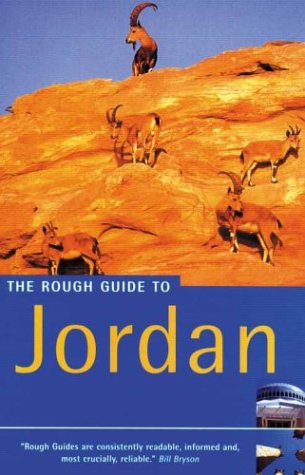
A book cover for The Rough Guide to Jordan; Matthew Teller; Travel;